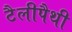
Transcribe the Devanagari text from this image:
टैलीपैथी